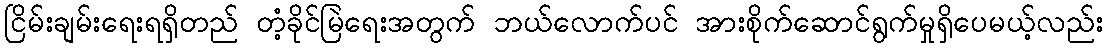
ငြိမ်းချမ်းရေးရရှိတည် တံ့ခိုင်မြဲရေးအတွက် ဘယ်လောက်ပင် အားစိုက်ဆောင်ရွက်မှုရှိပေမယ့်လည်း